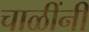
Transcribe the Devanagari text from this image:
चाळींनी